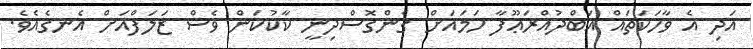
އަދި އެ ވާހަކަތައް އަބްދުއްރަޢޫފާ ހަމައަށް ގެންގޮސްދިނީ ކާކުކަން ވެސް ޒަލަފްއަށް އެނގެއެވެ.